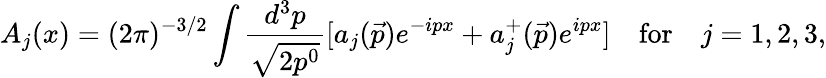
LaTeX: A_{j}(x)=(2\pi)^{-3/2}\int\frac{d^{3}p}{\sqrt{2p^{0}}}[a_{j}(\vec{p})e^{-ipx}+a_{j}^{+}(\vec{p})e^{ipx}]\quad\mathrm{for}\quad j=1,2,3,